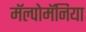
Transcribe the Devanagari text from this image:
मॅल्पोमॅनिया